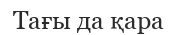
Тағы да қара